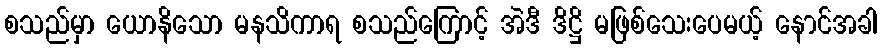
စသည်မှာ ယောနိသော မနသိကာရ စသည်ကြောင့် အဲဒီ ဒိဋ္ဌိ မဖြစ်သေးပေမယ့် နောင်အခါ